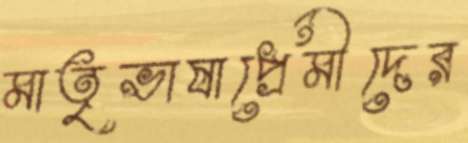
মাতৃভাষাপ্রেমীদের